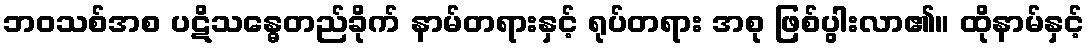
ဘဝသစ်အစ ပဋိသန္ဓေတည်ခိုက် နာမ်တရားနှင့် ရုပ်တရား အစု ဖြစ်ပွါးလာ၏။ ထိုနာမ်နှင့်